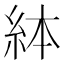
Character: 絊